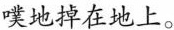
噗地掉在地上。